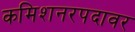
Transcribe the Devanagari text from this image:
कमिशनरपदावर